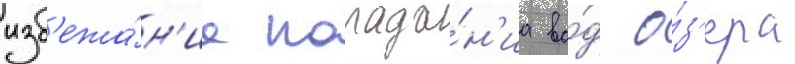
изб'ежа́н'ие попада́н'иа во́д о́з'ера